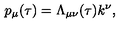
p _ { \mu } ( \tau ) = \Lambda _ { \mu \nu } ( \tau ) k ^ { \nu } ,